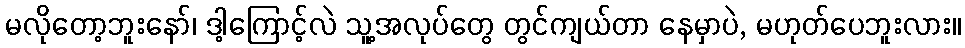
မလိုတော့ဘူးနော်၊ ဒါ့ကြောင့်လဲ သူ့အလုပ်တွေ တွင်ကျယ်တာ နေမှာပဲ, မဟုတ်ပေဘူးလား။